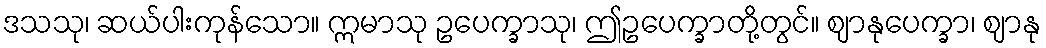
ဒသသု၊ ဆယ်ပါးကုန်သော။ ဣမာသု ဥပေက္ခာသု၊ ဤဥပေက္ခာတို့တွင်။ ဈာနုပေက္ခာ၊ ဈာနု